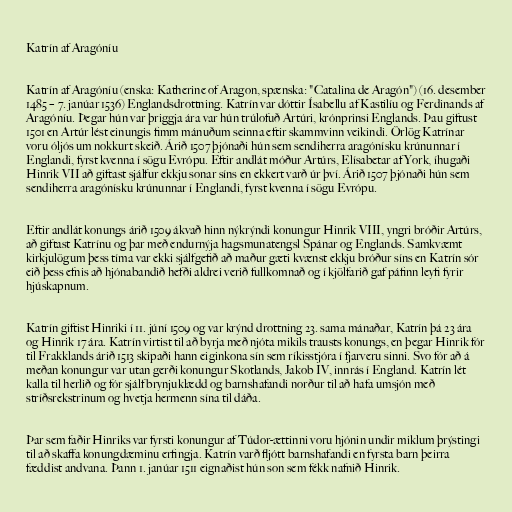
Katrín af Aragóníu

Katrín af Aragóníu (enska: Katherine of Aragon, spænska: "Catalina de Aragón") (16. desember
1485 – 7. janúar 1536) Englandsdrottning. Katrín var dóttir Ísabellu af Kastilíu og Ferdinands af
Aragóníu. Þegar hún var þriggja ára var hún trúlofuð Artúri, krónprinsi Englands. Þau giftust
1501 en Artúr lést einungis fimm mánuðum seinna eftir skammvinn veikindi. Örlög Katrínar
voru óljós um nokkurt skeið. Árið 1507 þjónaði hún sem sendiherra aragónísku krúnunnar í
Englandi, fyrst kvenna í sögu Evrópu. Eftir andlát móður Artúrs, Elísabetar af York, íhugaði
Hinrik VII að giftast sjálfur ekkju sonar síns en ekkert varð úr því. Árið 1507 þjónaði hún sem
sendiherra aragónísku krúnunnar í Englandi, fyrst kvenna í sögu Evrópu.

Eftir andlát konungs árið 1509 ákvað hinn nýkrýndi konungur Hinrik VIII, yngri bróðir Artúrs,
að giftast Katrínu og þar með endurnýja hagsmunatengsl Spánar og Englands. Samkvæmt
kirkjulögum þess tíma var ekki sjálfgefið að maður gæti kvænst ekkju bróður síns en Katrín sór
eið þess efnis að hjónabandið hefði aldrei verið fullkomnað og í kjölfarið gaf páfinn leyfi fyrir
hjúskapnum.

Katrín giftist Hinriki í 11. júní 1509 og var krýnd drottning 23. sama mánaðar, Katrín þá 23 ára
og Hinrik 17 ára. Katrín virtist til að byrja með njóta mikils trausts konungs, en þegar Hinrik fór
til Frakklands árið 1513 skipaði hann eiginkona sín sem ríkisstjóra í fjarveru sinni. Svo fór að á
meðan konungur var utan gerði konungur Skotlands, Jakob IV, innrás í England. Katrín lét
kalla til herlið og fór sjálf brynjuklædd og barnshafandi norður til að hafa umsjón með
stríðsrekstrinum og hvetja hermenn sína til dáða.

Þar sem faðir Hinriks var fyrsti konungur af Túdor-ættinni voru hjónin undir miklum þrýstingi
til að skaffa konungdæminu erfingja. Katrín varð fljótt barnshafandi en fyrsta barn þeirra
fæddist andvana. Þann 1. janúar 1511 eignaðist hún son sem fékk nafnið Hinrik.